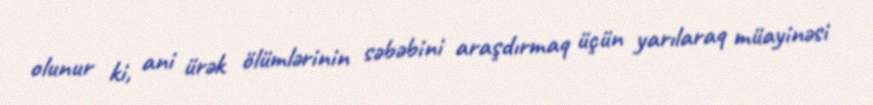
olunur ki, ani ürək ölümlərinin səbəbini araşdırmaq üçün yarılaraq müayinəsi